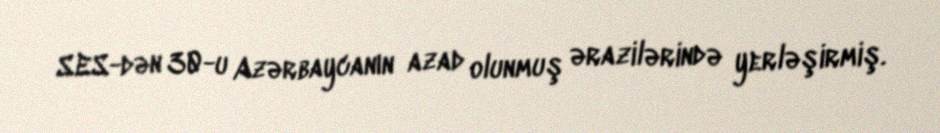
SES-dən 30-u Azərbaycanın azad olunmuş ərazilərində yerləşirmiş.